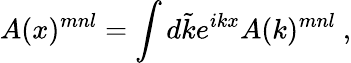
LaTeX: A(x)^{mnl}=\int d\tilde{k}e^{ikx}A(k)^{mnl}\ ,